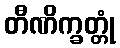
တီဏိက္ခတ္တုံ